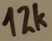
Text: 12K